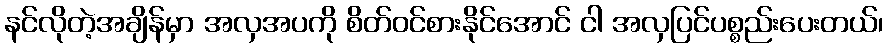
နင်လိုတဲ့အချိန်မှာ အလှအပကို စိတ်ဝင်စားနိုင်အောင် ငါ အလှပြင်ပစ္စည်းပေးတယ်၊